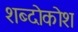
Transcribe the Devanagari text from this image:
शब्दोकोश